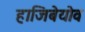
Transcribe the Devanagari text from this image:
हाजिबेयोव